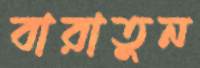
বারাতুন